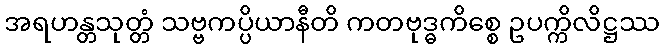
အရဟန္တသုတ္တံ သဗ္ဗကပ္ပိယာနီတိ ကတဗုဒ္ဓကိစ္စေ ဥပက္ကိလိဋ္ဌဿ